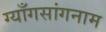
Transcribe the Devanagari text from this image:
ग्याँगसांगनाम